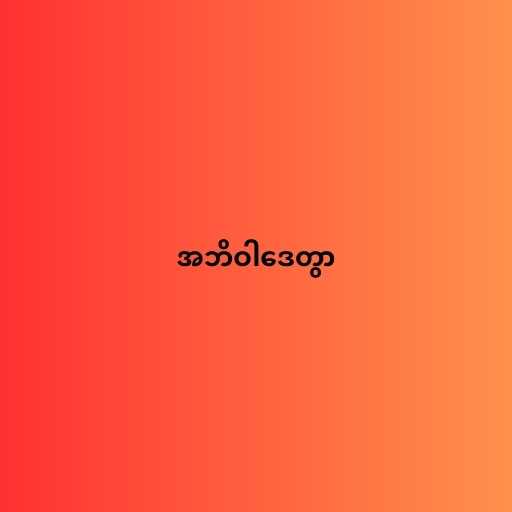
အဘိဝါဒေတွာ